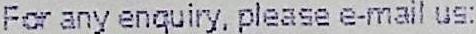
FOR ANY ENQUIRY, PLEASE E-MAIL US: